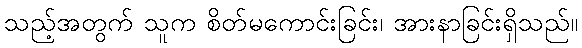
သည့်အတွက် သူက စိတ်မကောင်းခြင်း၊ အားနာခြင်းရှိသည်။